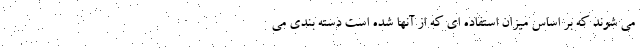
می شوند که بر اساس میزان استفاده ای که از آنها شده است دسته بندی می